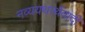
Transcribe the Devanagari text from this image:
नव्ययथार्थवादी